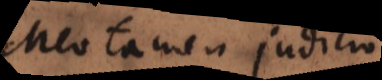
Meo tamen judicio